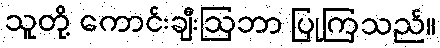
သူတို့ ကောင်းချီးဩဘာ ပြုကြသည်။